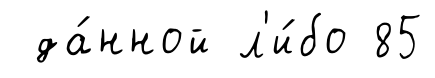
да́нной л'и́бо 85